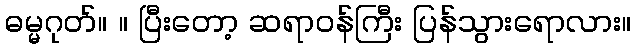
ဓမ္မဂုတ်။ ။ ပြီးတော့ ဆရာဝန်ကြီး ပြန်သွားရောလား။